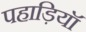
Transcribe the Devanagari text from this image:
पहाड़ियॉ